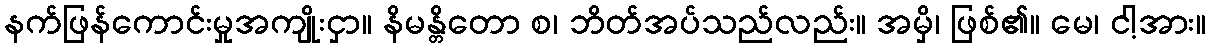
နက်ဖြန်ကောင်းမှုအကျိုးငှာ။ နိမန္တိတော စ၊ ဘိတ်အပ်သည်လည်း။ အမှိ၊ ဖြစ်၏။ မေ၊ ငါ့အား။